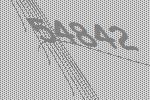
54842